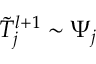
\tilde { T } _ { j } ^ { l + 1 } \sim \Psi _ { j }